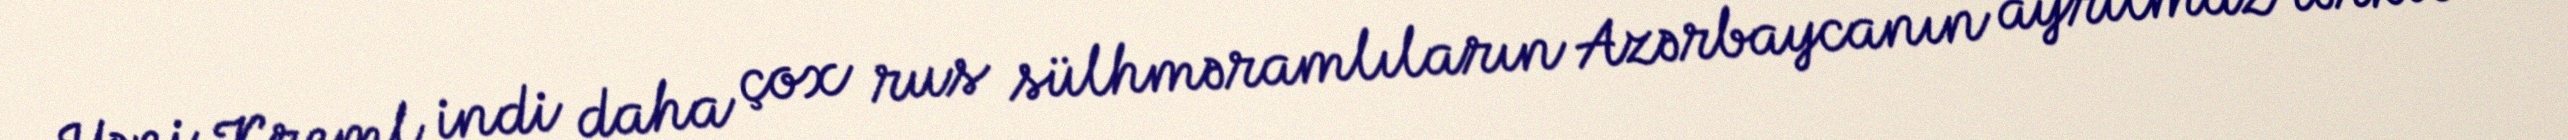
Yəni Kreml indi daha çox rus sülhməramlıların Azərbaycanın ayrılmaz tərkib